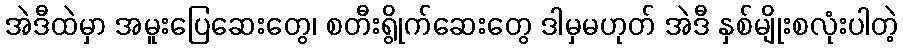
အဲဒီထဲမှာ အမူးပြေဆေးတွေ၊ စတီးရွိုက်ဆေးတွေ ဒါမှမဟုတ် အဲဒီ နှစ်မျိုးစလုံးပါတဲ့